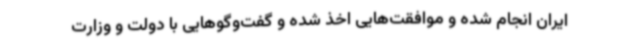
ایران انجام شده و موافقت‌هایی اخذ شده و گفت‌وگوهایی با دولت و وزارت